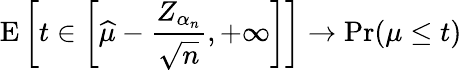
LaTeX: \operatorname{E}\left[t\in\left[{\widehat{\mu}}-{\frac{Z_{\alpha_{n}}}{\sqrt{n}}},+\infty\right]\right]\rightarrow\operatorname*{Pr}(\mu\leq t)